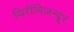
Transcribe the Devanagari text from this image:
थिरीविज़न्दूर